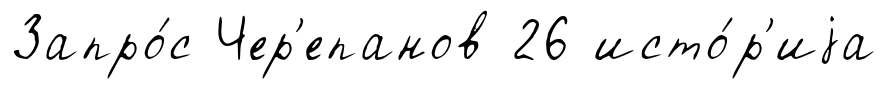
Запро́с Чер'епанов 26 исто́р'иjа